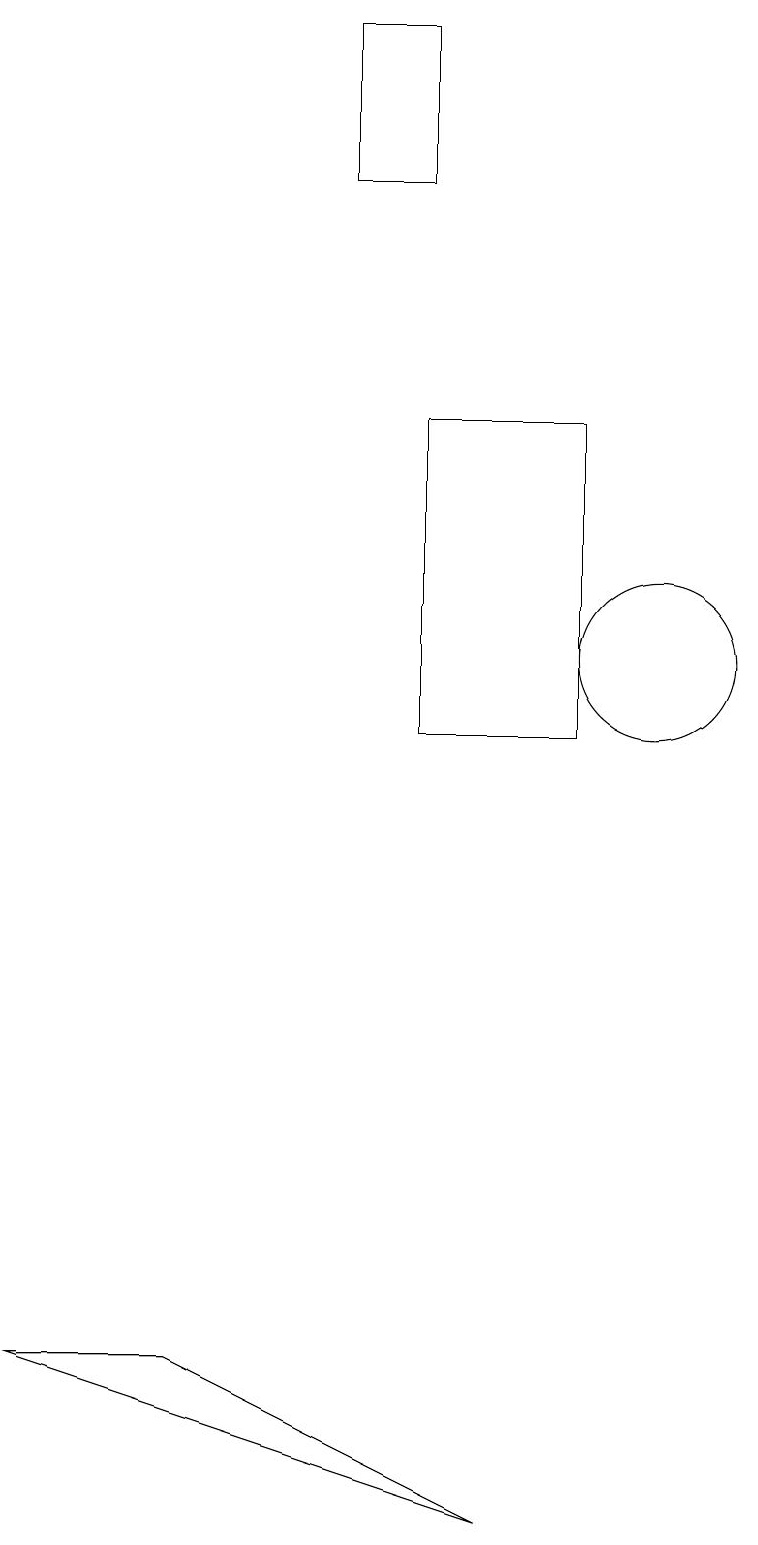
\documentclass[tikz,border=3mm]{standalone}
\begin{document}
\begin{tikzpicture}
\draw (9,10) rectangle (7,14);
\draw (2,2) -- (8,0) -- (4,2) -- cycle;
\draw (7,17) rectangle (6,19);
\draw (10,11) circle (1);
\draw (10,11) circle (0);
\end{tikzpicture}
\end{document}